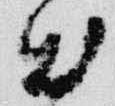
出